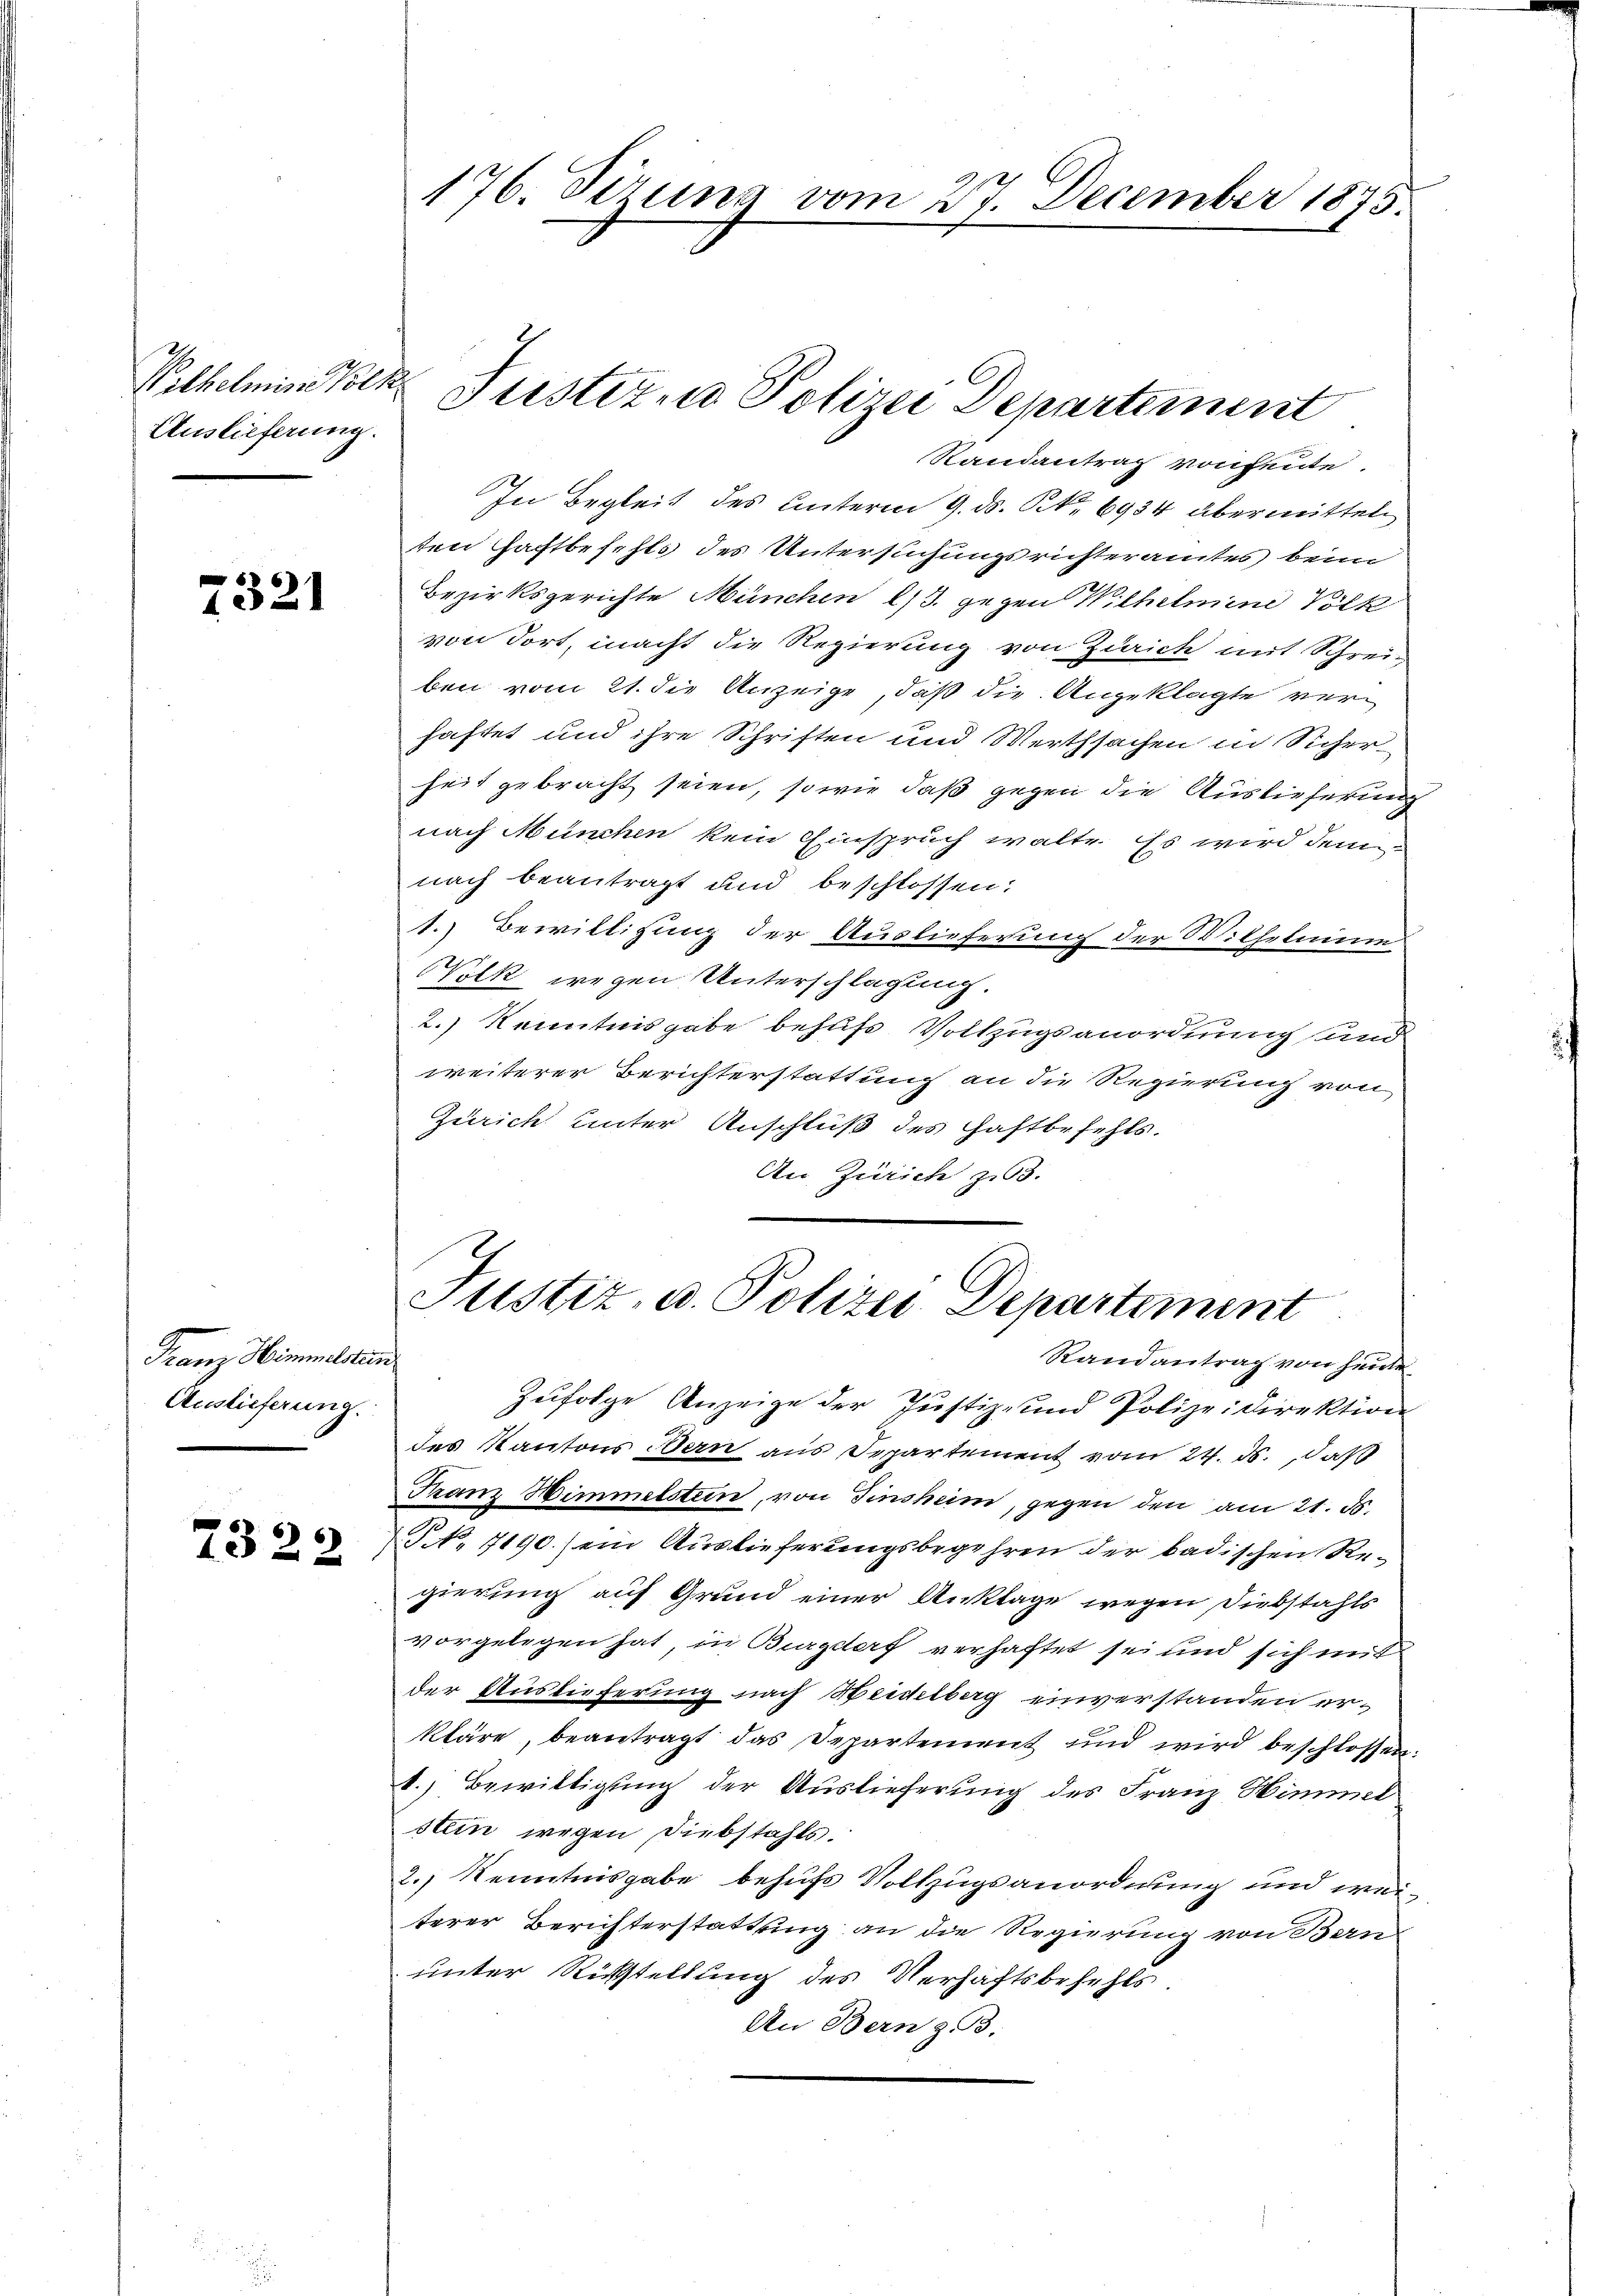
Palhelmine Volk
Auslieferung.

7321

Franz Himmelsten.
Auslieferung.

7322

Randantrag von heute.
In Begleit des Unterm 9. ds. S. 6934 übermitteln,
ten Haftbefehls des Untersuchungsrichteramtes beim
Bezirksgerichte München l/3. gegen Wilhelmine Völk
von dort, macht die Regierung von Zürich mit Schreiben vom 21. die Anzeige, daß die Angeklagte verhaftet und ihre Schriften und Werthsachen in Sicher
heit gebracht seien, so wie daß gegen die Auslieferung
nach München kein Einspruch walte. Es wird dem
nach beantragt und beschlossen:
1.) Bewilligung der Auslieferung der Wilhelminnd
Volk wegen Unterschlagung.
2.) Kenntnisgabe behufs Vollzugsanordnung und
weiterer Berichterstattung an die Regierung von
Zürich unter Anschluß des Haftbefehls.
An Zürich zu 3.

176. Dezuna vom 27. December 1875.

Justiz, Polizei Departement

Justiz, u. Polizei Departement

Randantrag von heute
Zufolge Anzeige der Justiz- und Polizeidirektion
des Kantons Bern aus Departement vom 24. ds., daß
Franz Wimmelstein, von Tinsheim, gegen den am 21. ds.
§ N. 1190. ein Auslieferungsbegehren der badischen Regierung auf Grund einer Anklage wegen Diebstahls
vorgelegen hat, in Burgdorf verhaftet sei und sich mit
der Auslieferung nach Heidberg einverstanden erkläre, beantragt das Departement und wird beschlossen
t.) Bewittigung der Auslieferung des Franz Himmel
stein wegen Diebstahls.
2.) Kenntnisgabe behufs Vollzugsanordnung und weiterer Berichterstattung an die Regierung von Bern
unter Rückstellung des Verhaftsbefehls,
An Bern zu.